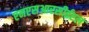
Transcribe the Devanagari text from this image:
एनएसआरसीईएल